Civil Veterinary Dept. North-West Frontier Province 1923-32 - 1923-1932
Year: 1923
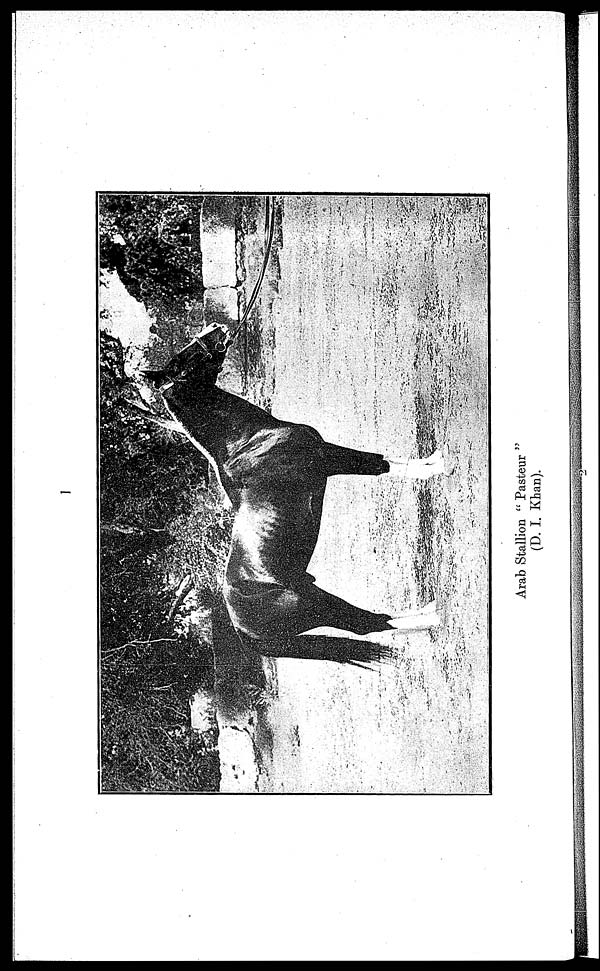
Arab Stallion " Pasteur "
(D. I. Khan).